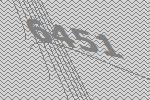
6451